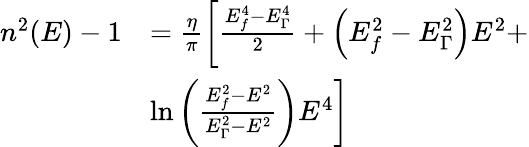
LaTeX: \begin{array}{rl}{n^{2}(E)-1}&{=\frac{\eta}{\pi}\left[\frac{E_{f}^{4}-E_{\Gamma}^{4}}{2}+\left(E_{f}^{2}-E_{\Gamma}^{2}\right)E^{2}+\right.}\\ &{\left.\ln\left(\frac{E_{f}^{2}-E^{2}}{E_{\Gamma}^{2}-E^{2}}\right)E^{4}\right]}\end{array}